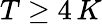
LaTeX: T\geq 4\, K